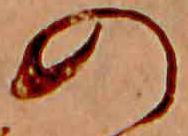
の